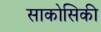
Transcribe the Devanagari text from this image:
साकोसिकी